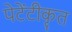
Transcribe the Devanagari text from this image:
पेटेंटीकृत